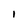
Character: 1